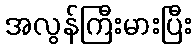
အလွန်ကြီးမားပြီး